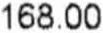
168.00